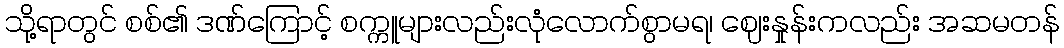
သို့ရာတွင် စစ်၏ ဒဏ်ကြောင့် စက္ကူများလည်းလုံလောက်စွာမရ၊ ဈေးနှုန်းကလည်း အဆမတန်